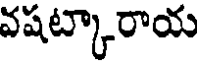
వషట్కారాయ